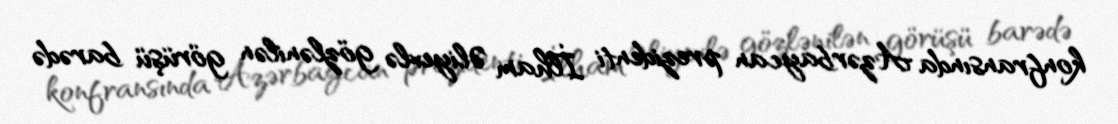
konfransında Azərbaycan prezidenti İlham Əliyevlə gözlənilən görüşü barədə